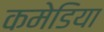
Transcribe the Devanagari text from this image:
कमेडिया